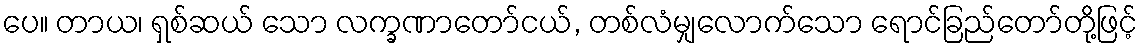
ပေ။ တာယ၊ ရှစ်ဆယ် သော လက္ခဏာတော်ငယ်, တစ်လံမျှလောက်သော ရောင်ခြည်တော်တို့ဖြင့်